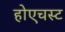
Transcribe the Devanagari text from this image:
होएचस्ट